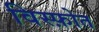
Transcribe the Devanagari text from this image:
विस्फ़ोत